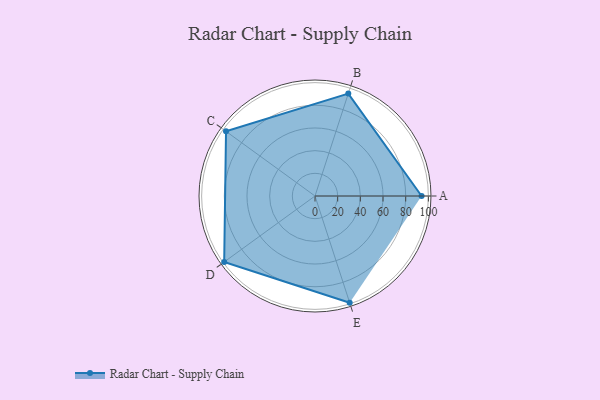
{"axis": {"x": "Skill", "y": "Score"}, "legend": ["Profile"], "data": [{"x": "A", "y": 94.0, "type": "Profile"}, {"x": "B", "y": 95.0, "type": "Profile"}, {"x": "C", "y": 97.0, "type": "Profile"}, {"x": "D", "y": 99.0, "type": "Profile"}, {"x": "E", "y": 99, "type": "Profile"}]}